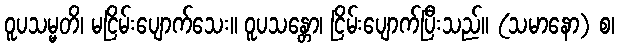
ဝူပသမ္မတိ၊ မငြိမ်းပျောက်သေး။ ဝူပသန္တော၊ ငြိမ်းပျောက်ပြီးသည်။ (သမာနော) စ၊